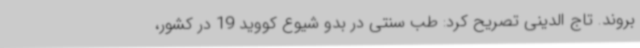
بروند. تاج الدینی تصریح کرد: طب سنتی در بدو شیوع کووید 19 در کشور،